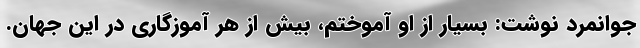
جوانمرد نوشت: بسیار از او آموختم، بیش از هر آموزگاری در این جهان.